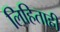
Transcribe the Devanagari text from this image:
लिहिताही